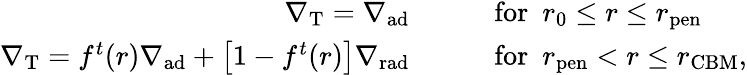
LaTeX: \begin{array}{rl}{\nabla_{\mathrm{T}}=\nabla_{\mathrm{ad}}\qquad}&{\mathrm{for}\ \ r_{0}\leq r\leq r_{\mathrm{pen}}}\\ {\nabla_{\mathrm{T}}=f^{t}(r)\nabla_{\mathrm{ad}}+\left[1-f^{t}(r)\right]\nabla_{\mathrm{rad}}\qquad}&{\mathrm{for}\ \ r_{\mathrm{pen}}<r\leq r_{\mathrm{CBM}},}\end{array}